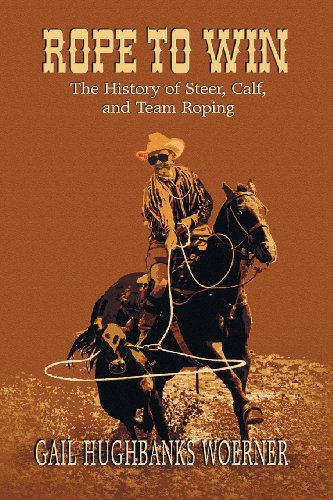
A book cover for Rope to Win: The History of Steer, Calf, And, Team Roping; Gail H. Woerner; Sports & Outdoors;